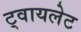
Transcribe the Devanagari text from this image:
ट्वायलेट